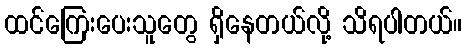
ထင်ကြေးပေးသူတွေ ရှိနေတယ်လို့ သိရပါတယ်။